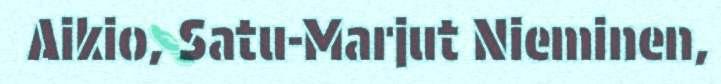
Aikio, Satu-Marjut Nieminen,